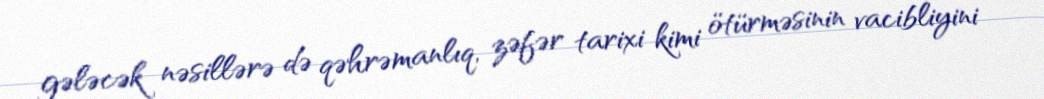
gələcək nəsillərə də qəhrəmanlıq, zəfər tarixi kimi ötürməsinin vacibliyini